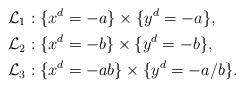
LaTeX: \begin{align*} \mathcal{L}_1 &: \{ x^d = -a \} \times \{ y^d = - a \}, \\\mathcal{L}_2 &: \{ x^d = -b \} \times \{ y^d = - b \}, \\\mathcal{L}_3 &: \{ x^d = -ab \} \times \{ y^d = - a/b \}. \end{align*}